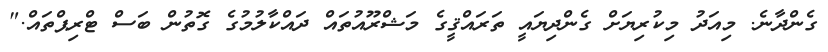
ގެންދާނެ. މިއަދު މިކުރިޔަށް ގެންދިޔައީ ތަރައްޤީގެ މަޝްރޫއުތައް ދައްކާލުމުގެ ގޮތުން ބަސް ޓްރިޕްތައް."